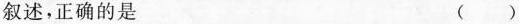
叙述，正确的是 ( )